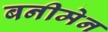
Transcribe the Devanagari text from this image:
बनीमेन